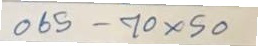
065 - 70 x 50